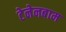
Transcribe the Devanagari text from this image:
टेनेनबाम